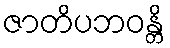
ဇာတိပဘဝန္တိ